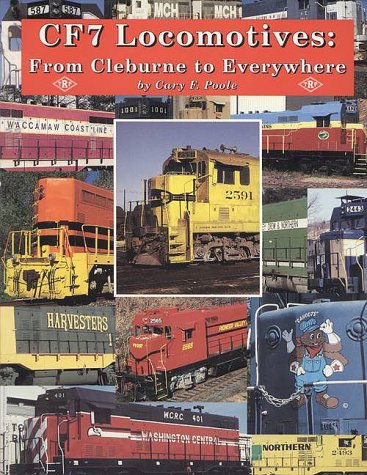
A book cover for CF7 Locomotives: From Cleburne to Everywhere; Cary F. Poole; Arts & Photography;